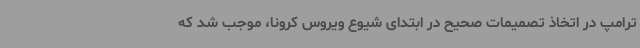
ترامپ در اتخاذ تصمیمات صحیح در ابتدای شیوع ویروس کرونا، موجب شد که